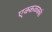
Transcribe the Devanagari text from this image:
एक्कळक्कं